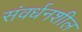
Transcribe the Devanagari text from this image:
संवर्धनशील